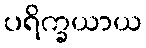
ပရိက္ခယာယ